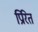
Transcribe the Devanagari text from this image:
प्रिरित